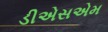
ડીએસએમ